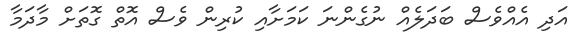
އަދި އެއްވެސް ބަދަލެއް ނުގެންނަ ކަމަށާއި ކުރިން ވެސް އޮތް ގޮތަށް މާދަމާ